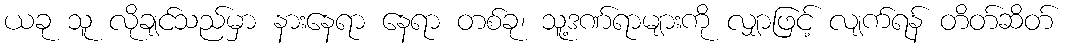
ယခု သူ လိုချင်သည်မှာ နားနေရာ နေရာ တစ်ခု၊ သူ့ဒဏ်ရာများကို လျှာဖြင့် လျက်ရန် တိတ်ဆိတ်